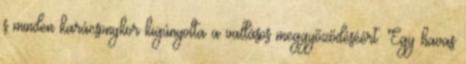
s minden karácsonykor kigúnyolta a vallásos meggyőződéséért. Egy havas